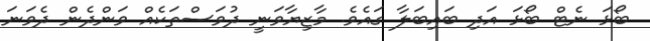
ބޯޅަ ނެޓް ބޯޅަ އަދި ބައިބަލާ ގައެވެ. މާޒިޔާވަނީ ދުވަސްތަކެއް ވަންދެން ދެވަނަ